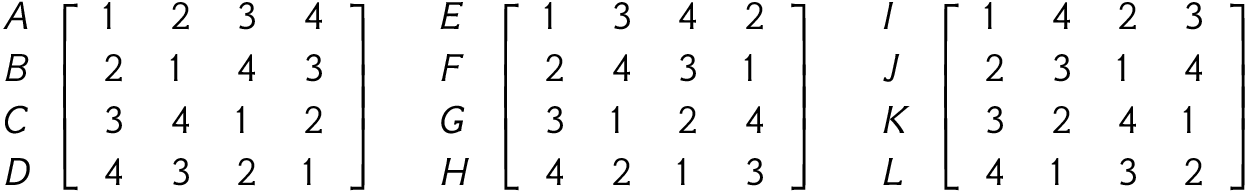
{ \begin{array} { l } { A } \\ { B } \\ { C } \\ { D } \end{array} } { \left[ \begin{array} { l l l l } { 1 } & { 2 } & { 3 } & { 4 } \\ { 2 } & { 1 } & { 4 } & { 3 } \\ { 3 } & { 4 } & { 1 } & { 2 } \\ { 4 } & { 3 } & { 2 } & { 1 } \end{array} \right] } \quad { \begin{array} { l } { E } \\ { F } \\ { G } \\ { H } \end{array} } { \left[ \begin{array} { l l l l } { 1 } & { 3 } & { 4 } & { 2 } \\ { 2 } & { 4 } & { 3 } & { 1 } \\ { 3 } & { 1 } & { 2 } & { 4 } \\ { 4 } & { 2 } & { 1 } & { 3 } \end{array} \right] } \quad { \begin{array} { l } { I } \\ { J } \\ { K } \\ { L } \end{array} } { \left[ \begin{array} { l l l l } { 1 } & { 4 } & { 2 } & { 3 } \\ { 2 } & { 3 } & { 1 } & { 4 } \\ { 3 } & { 2 } & { 4 } & { 1 } \\ { 4 } & { 1 } & { 3 } & { 2 } \end{array} \right] }